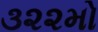
૩૨૨મો